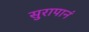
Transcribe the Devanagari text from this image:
सुरापानं